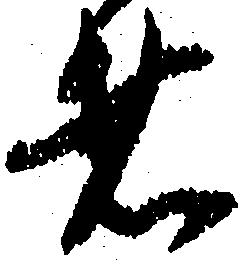
者